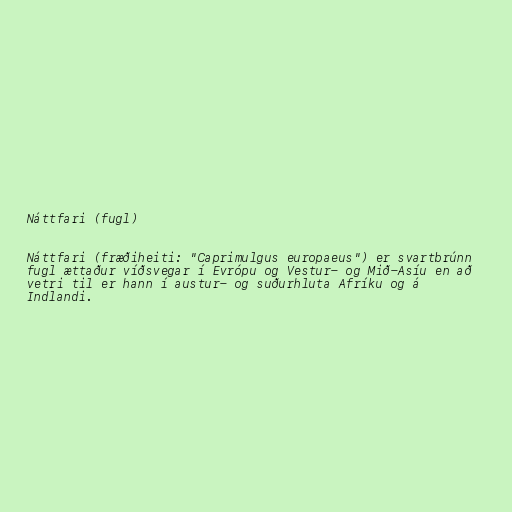
Náttfari (fugl)

Náttfari (fræðiheiti: "Caprimulgus europaeus") er svartbrúnn
fugl ættaður víðsvegar í Evrópu og Vestur- og Mið-Asíu en að
vetri til er hann í austur- og suðurhluta Afríku og á
Indlandi.